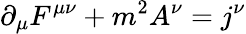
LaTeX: \partial_{\mu}F^{\mu\nu}+m^{2}A^{\nu}=j^{\nu}